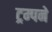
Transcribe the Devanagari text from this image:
ट्रम्पने